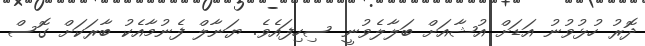
ދޮރު ހުޅުވުނު އަޑަށް އުޝާއަށް ބަލާލެވުނީ ސިހިފައެވެ. ޔަނާލް ފެނުމާއެކު ބާރަކަށް ގޮސް